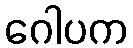
ဂေါပက